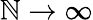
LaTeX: \mathbb{N}\to\infty